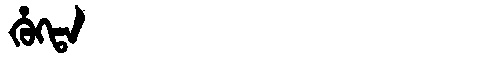
Manchu: ᡥᡠᡴᡨᠠ
Romanization: HUKTA